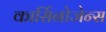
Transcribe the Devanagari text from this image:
कार्सिनोजेन्स